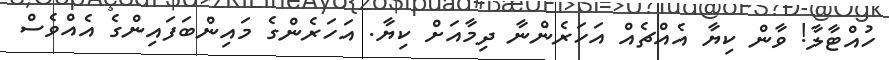
ހުއްޓާލާ! ވާން ކިޔާ އެއްޗެއް އަހަރެންނާ ދިމާއަށް ކިޔާ. އަހަރެންގެ މައިންބަފައިންގެ އެއްވެސް